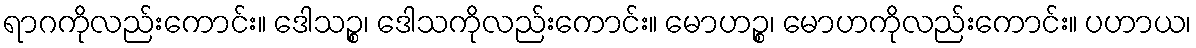
ရာဂကိုလည်းကောင်း။ ဒေါသဉ္စ၊ ဒေါသကိုလည်းကောင်း။ မောဟဉ္စ၊ မောဟကိုလည်းကောင်း။ ပဟာယ၊